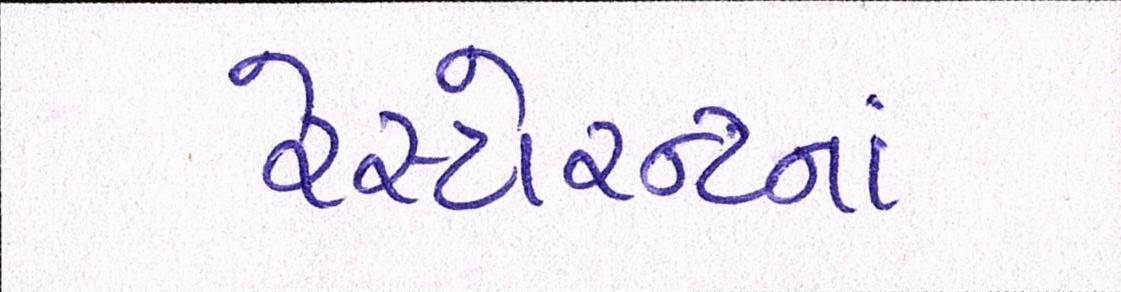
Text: રેસ્ટોરન્ટનાં